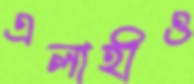
এলাহীও